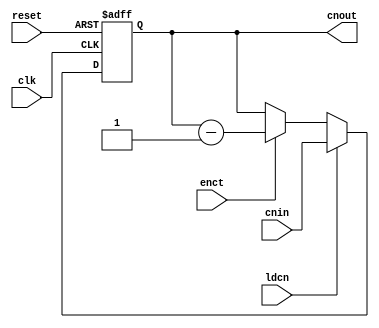
`timescale 1ns / 1ps
//////////////////////////////////////////////////////////////////////////////////
// Company: 
// Engineer: 
// 
// Design Name: 
// Module Name: count
// Project Name: 
// Target Devices: 
// Tool Versions: 
// Description: 
// 
// Dependencies: 
// 
// Revision:
// Revision 0.01 - File Created
// Additional Comments:
// 
//////////////////////////////////////////////////////////////////////////////////


module count(output reg [3:0] cnout, input [3:0] cnin, input ldcn,enct,clk,reset);
always @(posedge clk,posedge reset)
begin
    if(reset)
        cnout <= 0;
    else if(ldcn)
        cnout <= cnin;
    else if(enct)
        cnout <= cnout -1;
end
endmodule